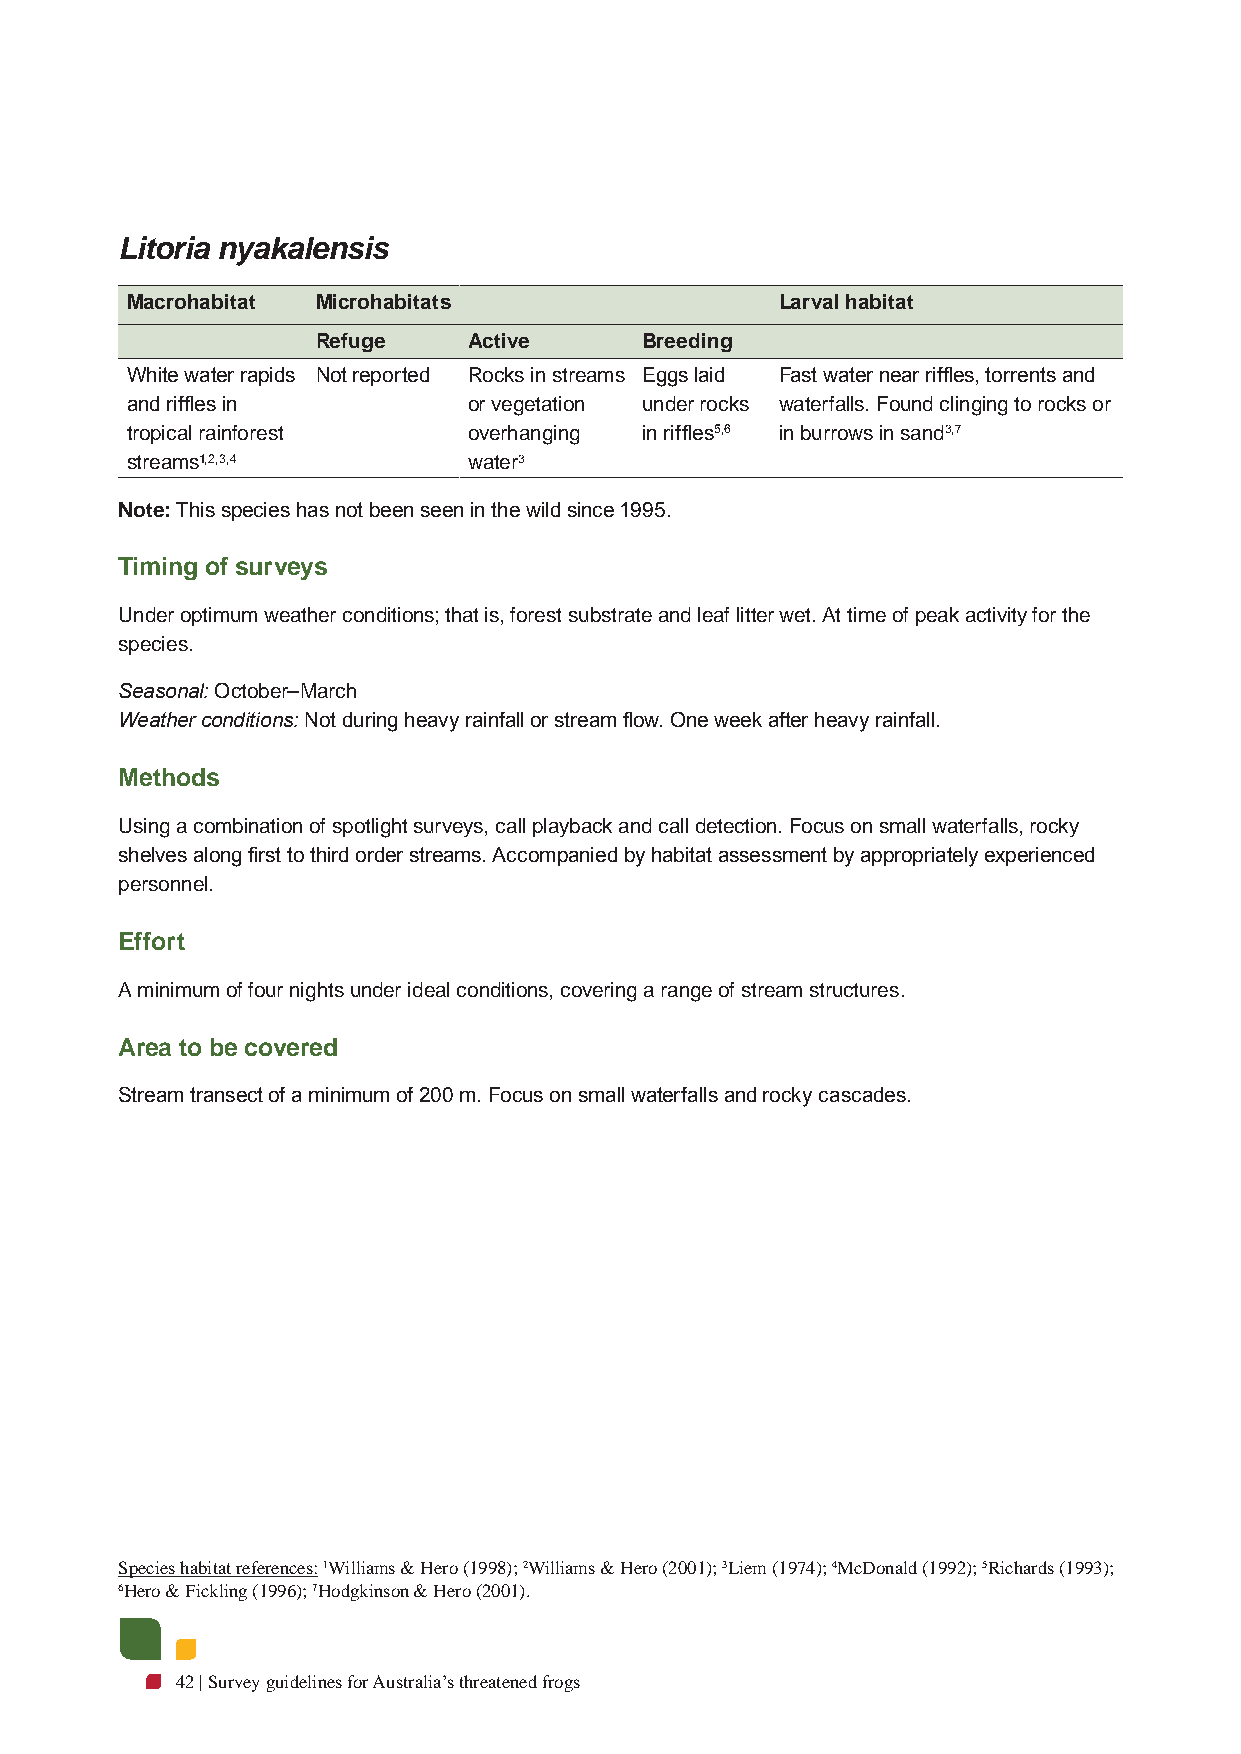
Litoria nyakalensis
 Macrohabitat Microhabitats                  Larval habitat
 Refuge    Active     Breeding
 White water rapids Not reported Rocks in streams Eggs laid Fast water near riffles, torrents and
 and riffles in         or vegetation under rocks waterfalls. Found clinging to rocks or
 tropical rainforest    overhanging in riffles5,6 in burrows in sand3,7
 streams1,2,3,4         water3
 Note: This species has not been seen in the wild since 1995.
 Timing of surveys
 Under optimum weather conditions; that is, forest substrate and leaf litter wet. At time of peak activity for the
 species.
 Seasonal: October–March
 Weather conditions: Not during heavy rainfall or stream flow. One week after heavy rainfall.
 Methods
 Using a combination of spotlight surveys, call playback and call detection. Focus on small waterfalls, rocky
 shelves along first to third order streams. Accompanied by habitat assessment by appropriately experienced
 personnel.
 Effort
 A minimum of four nights under ideal conditions, covering a range of stream structures.
 Area to be covered
 Stream transect of a minimum of 200 m. Focus on small waterfalls and rocky cascades.
 Species habitat references: 1Williams & Hero (1998); 2Williams & Hero (2001); 3Liem (1974); 4McDonald (1992); 5Richards (1993);
 6Hero & Fickling (1996); 7Hodgkinson & Hero (2001).
 42 | Survey guidelines for Australia’s threatened frogs